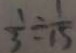
\frac { 1 } { 3 } \div \frac { 1 } { 1 5 }